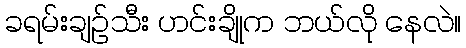
ခရမ်းချဉ်သီး ဟင်းချိုက ဘယ်လို နေလဲ။